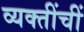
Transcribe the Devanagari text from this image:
व्यक्तींचीं